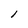
Character: l